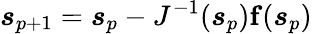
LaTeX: \boldsymbol{s}_{p+1}=\boldsymbol{s}_{p}-J^{-1}(\boldsymbol{s}_{p})\mathbf{f}(\boldsymbol{s}_{p})